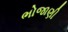
ભોજાણી